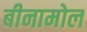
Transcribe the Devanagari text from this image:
बीनामोल